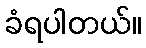
ခံရပါတယ်။